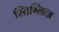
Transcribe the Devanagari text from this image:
स्तिग्लित्ज़